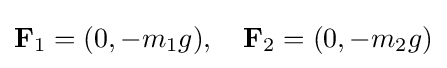
\mathbf {F} _{1}=(0,-m_{1}g),\quad \mathbf {F} _{2}=(0,-m_{2}g)